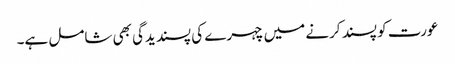
عورت کو پسند کرنے میں چہرے کی پسندیدگی بھی شامل ہے۔